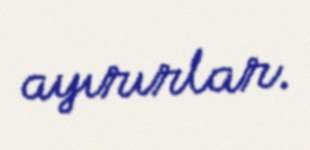
ayırırlar.